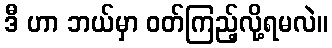
ဒီ ဟာ ဘယ်မှာ ဝတ်ကြည့်လို့ရမလဲ။